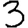
Digit: 3